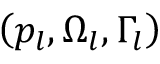
\left( { { p } _ { l } } , { { \Omega } _ { l } } , { { \Gamma } _ { l } } \right)